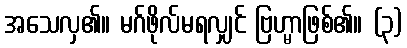
အသေလှ၏။ မဂ်ဖိုလ်မရလျှင် ဗြဟ္မာဖြစ်၏။ (၃)